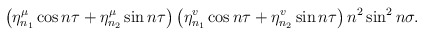
\begin{align*}\left( \eta _{n_{1}}^{\mu }\cos n\tau +\eta _{n_{2}}^{\mu }\sin n\tau\right) \left( \eta _{n_{1}}^{v}\cos n\tau +\eta _{n_{2}}^{v}\sin n\tau\right) n^{2}\sin ^{2}n\sigma . \end{align*}